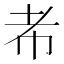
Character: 㠻